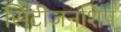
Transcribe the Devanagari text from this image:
सिटीजनशिप